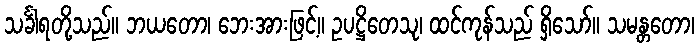
သင်္ခါရတို့သည်။ ဘယတော၊ ဘေးအားဖြင့်။ ဥပဋ္ဌိတေသု၊ ထင်ကုန်သည် ရှိသော်။ သမန္တတော၊